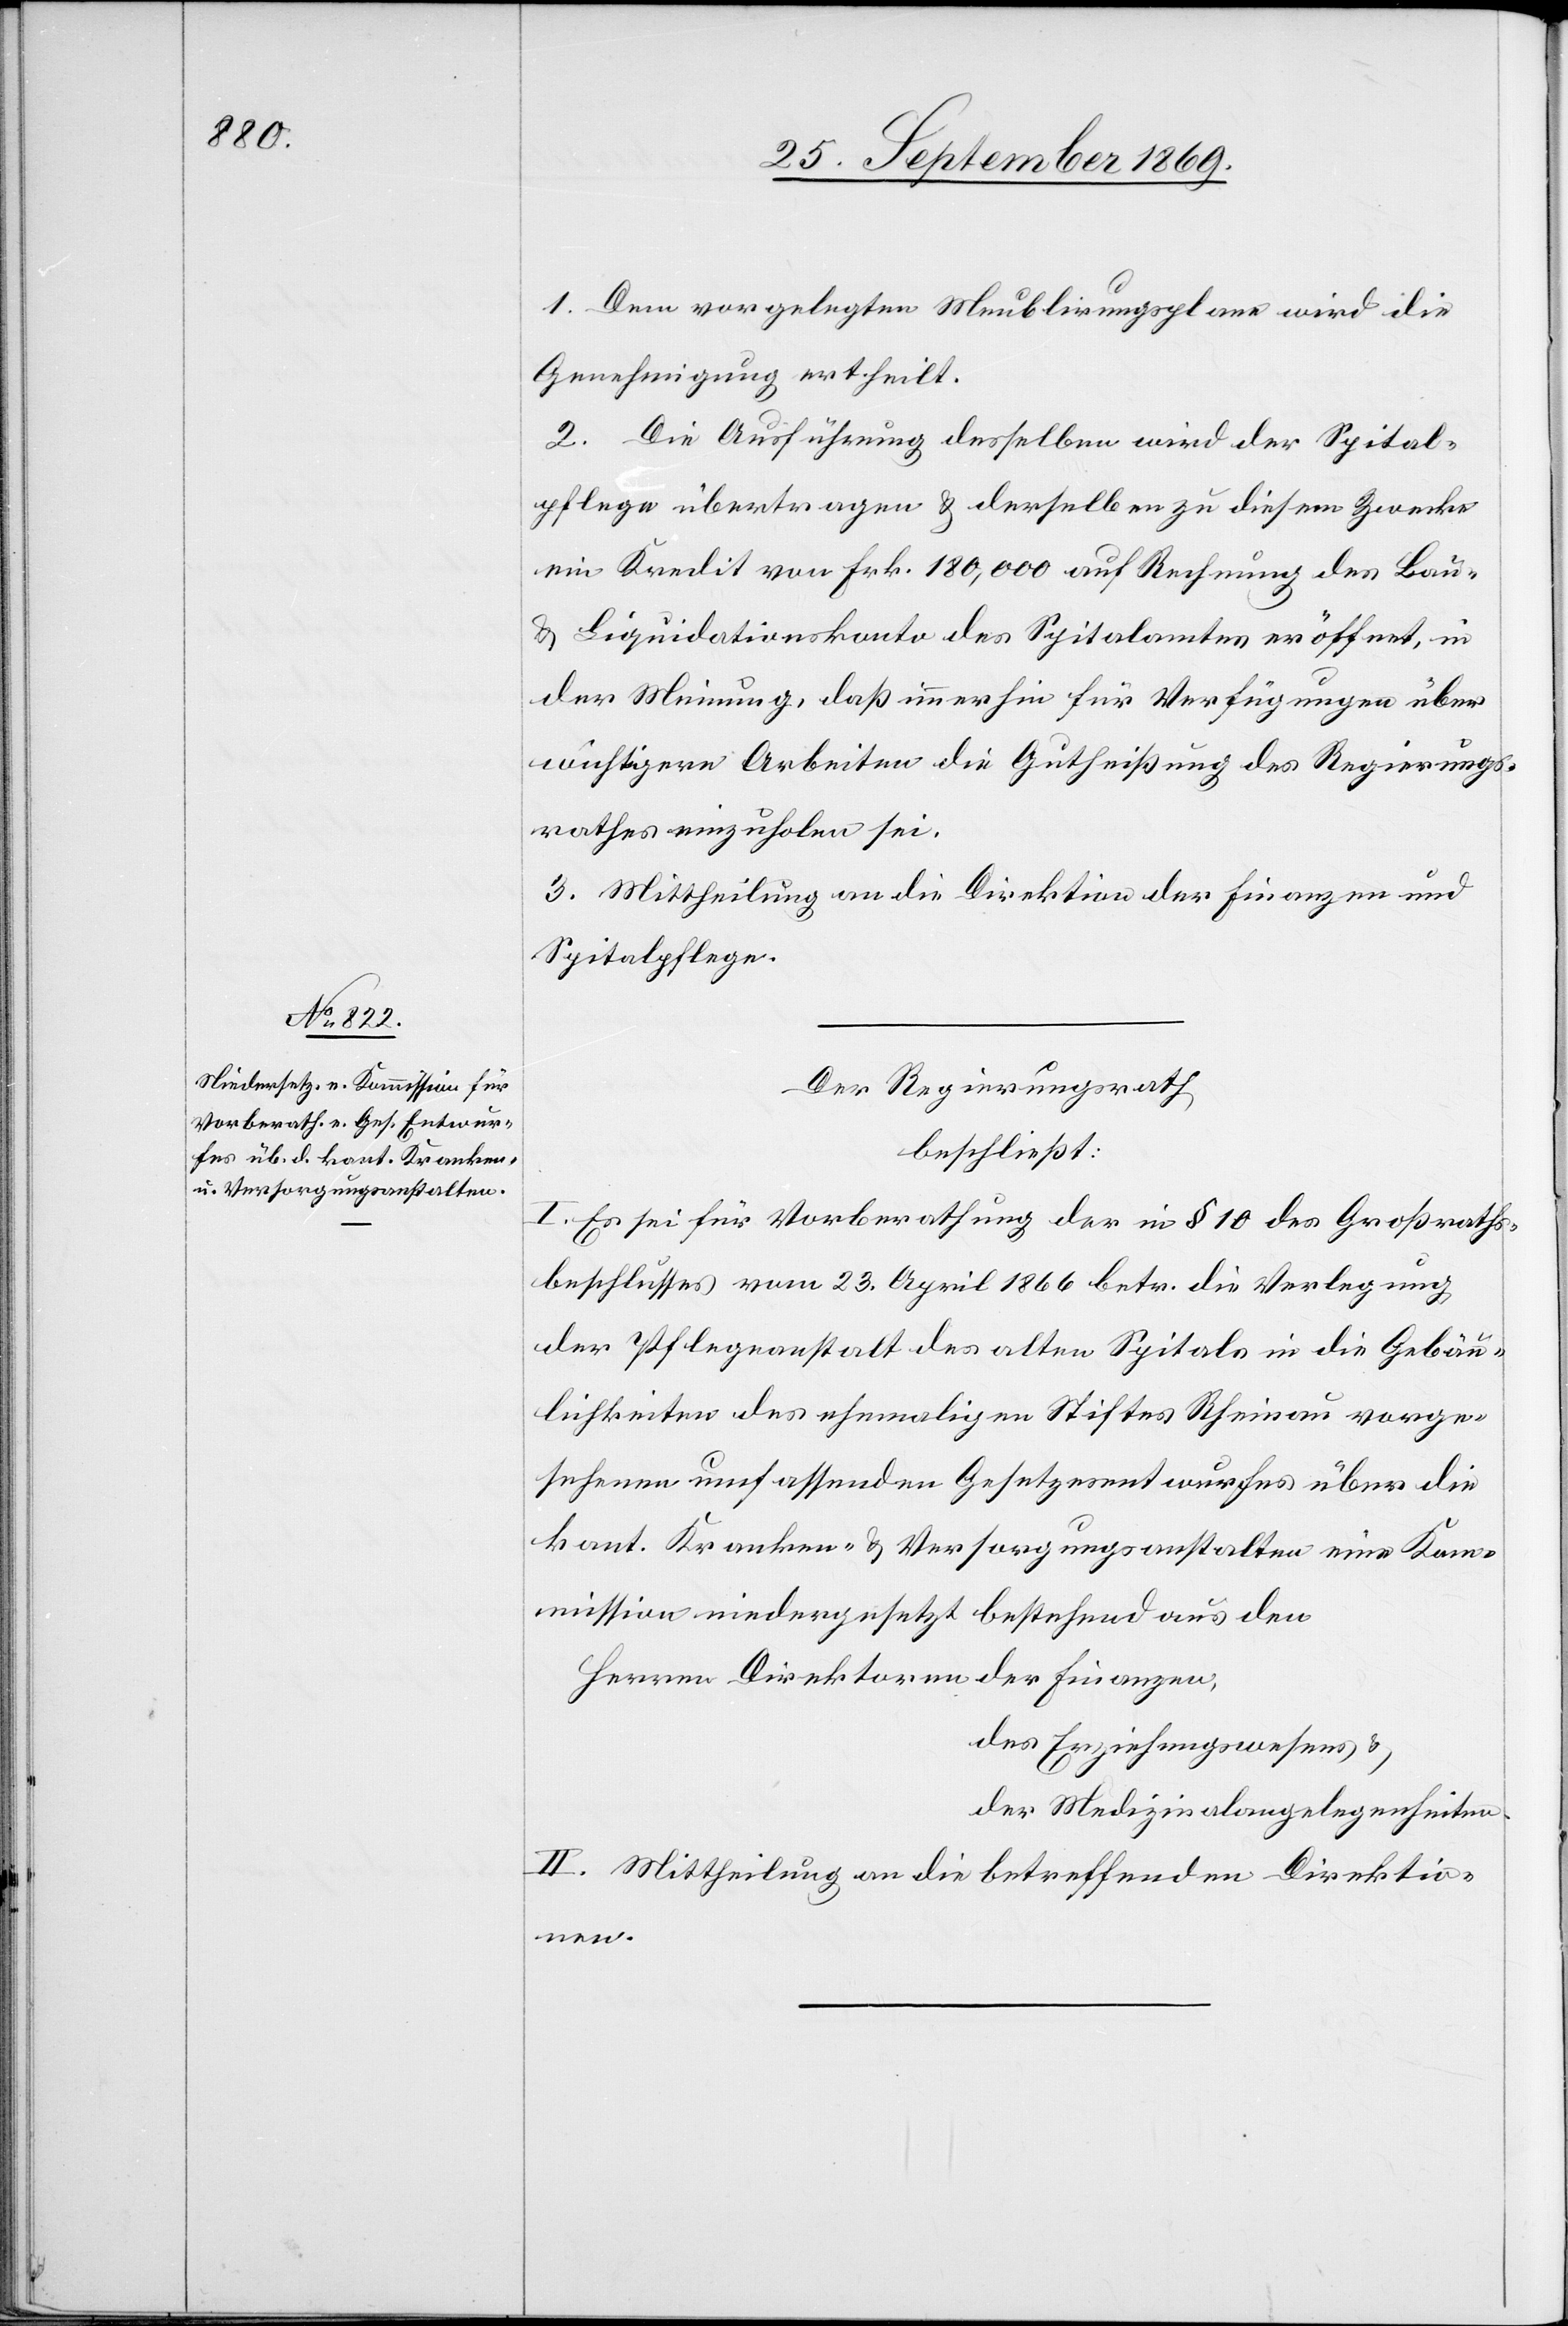
1. Dem vorgelegten Meublirungsplane wird die
Genehmigung ertheilt.
2. Die Ausführung desselben wird der Spital¬
pflege übertragen & derselben zu diesem Zwecke
ein Kredit von Frk. 180,000 auf Rechnung des Bau-
& Liquidationskonto des Spitalamtes eröffnet, in
der Meinung, daß immerhin für Verfügungen über
wichtigere Arbeiten die Gutheißung des Regierungs¬
rathes einzuholen sei.
3. Mittheilung an die Direktion der Finanzen und
Spitalpflege.
Der Regierungsrath
beschließt:
I. Es sei für Vorberathung der [sic!] in § 10 des Großraths¬
beschlusses vom 23. April 1866 betr. die Verlegung
der Pflegeanstalt des alten Spitals in die Gebäu¬
lichkeiten des ehemaligen Stiftes Rheinau vorge¬
sehenen umfassenden Gesetzesentwurfes über die
kant. Kranken- & Versorgungsanstalten eine Ko¬
mmission niedergesetzt bestehend aus den
Herren Direktoren der Finanzen,
des Erziehungswesens &
der Medizinalangelegenheiten.
II. Mittheilung an die betreffenden Direktio¬
nen.